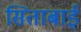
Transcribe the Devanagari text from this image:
सिताबाई